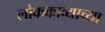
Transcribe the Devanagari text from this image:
लोककाव्याच्या